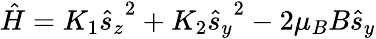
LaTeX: {\hat{H}}=K_{1}{{\hat{s}}_{z}}^{2}+K_{2}{{\hat{s}}_{y}}^{2}-2\mu_{B}B{{\hat{s}}_{y}}